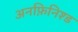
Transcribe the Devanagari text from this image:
अनफ़िनिश्ड